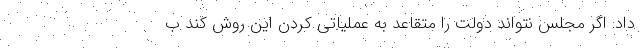
داد: اگر مجلس نتواند دولت را متقاعد به عملیاتی کردن این روش کند ب